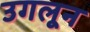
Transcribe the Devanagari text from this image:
उगलून